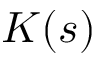
K ( s )